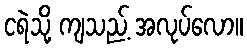
ငရဲသို့ ကျသည့် အလုပ်လော။